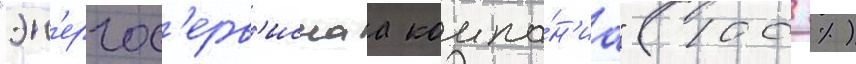
"эн'ергос'ерв'иснаа компа́н'иа" (100 %)